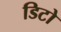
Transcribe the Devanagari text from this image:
डिटो